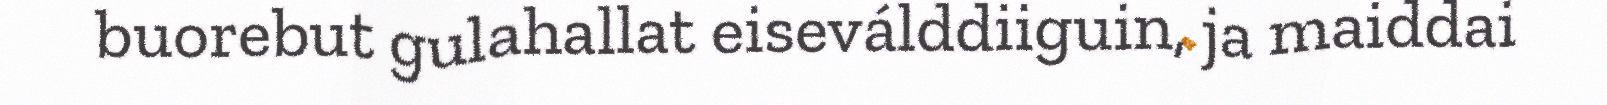
buorebut gulahallat eiseválddiiguin, ja maiddai